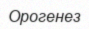
Орогенез